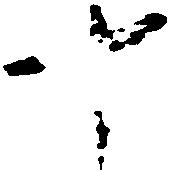
十